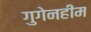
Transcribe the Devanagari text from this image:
गुगेनहीम